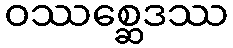
ဝဿစ္ဆေဒဿ